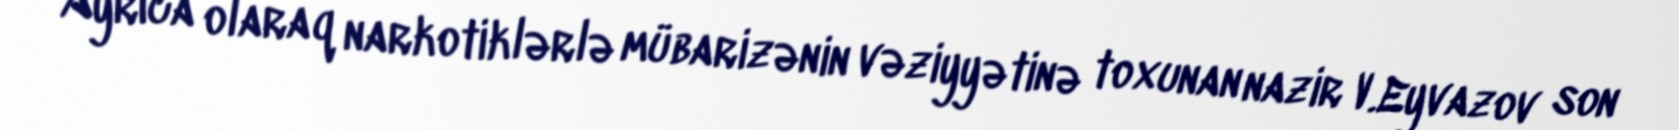
Ayrıca olaraq narkotiklərlə mübarizənin vəziyyətinə toxunan nazir V.Eyvazov son